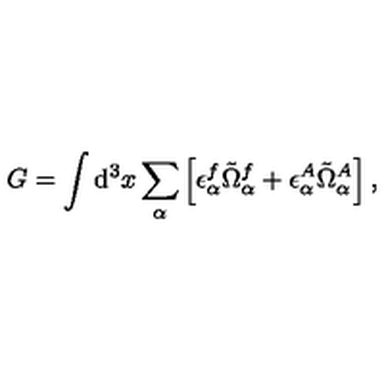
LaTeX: G = \int \mathrm { d } ^ { 3 } x \sum _ { \alpha } \left[ \epsilon _ { \alpha } ^ { f } \tilde { \Omega } _ { \alpha } ^ { f } + \epsilon _ { \alpha } ^ { A } \tilde { \Omega } _ { \alpha } ^ { A } \right] ,